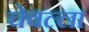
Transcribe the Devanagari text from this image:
चेवल्ला